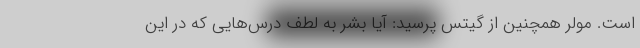
است. مولر همچنین از گیتس پرسید: آیا بشر به لطف درس‌هایی که در این